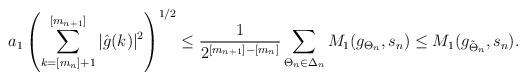
LaTeX: \begin{align*}a_1\left(\sum_{k=[m_n]+1}^{[m_{n+1}]}|\hat{g}(k)|^2\right)^{1/2} \leq \frac{1}{2^{[m_{n+1}] -[m_n]}} \sum_{\Theta_n \in \Delta_n}M_1(g_{\Theta_n}, s_n)\leq M_1(g_{{\tilde{\Theta}}_n} ,s_n).\end{align*}